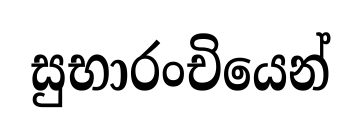
සුභාරංචියෙන්